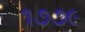
૧૭૭૯